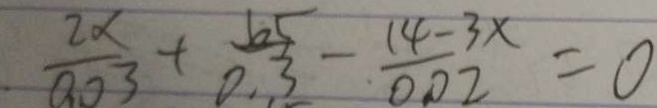
\frac { 2 x } { 0 . 0 3 } + \frac { 6 5 } { 0 . 3 } - \frac { 1 4 - 3 x } { 0 . 0 2 } = 0